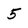
Character: 5